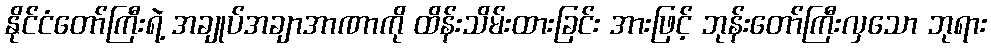
နိုင်ငံတော်ကြီးရဲ့ အချုပ်အချာအာဏာကို ထိန်းသိမ်းထားခြင်း အားဖြင့် ဘုန်းတော်ကြီးလှသော ဘုရား